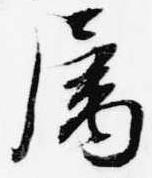
属